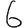
Digit: 6